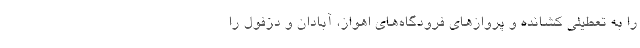
را به تعطیلی کشانده و پروازهای فرودگاه‌های اهواز، آبادان و دزفول را